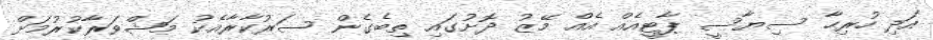
އަދި ހުރިހާ ސިޔާސީ ޕާޓީއެއް އެއް މޭޒު ދޮށުގައި ތިބެގެން ސަރުކާރާއެކު މަޝްވަރާކުރުމަށް